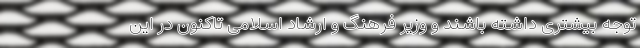
توجه بیشتری داشته باشند و وزیر فرهنگ و ارشاد اسلامی تاکنون در این